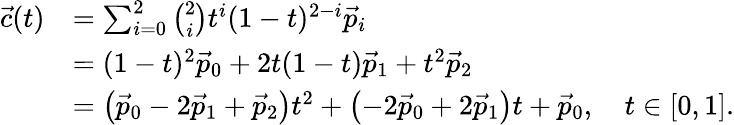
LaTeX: {\begin{array}{rl}{{\vec{c}}(t)}&{=\sum_{i=0}^{2}{\binom{2}{i}}t^{i}(1-t)^{2-i}{\vec{p}}_{i}}\\ &{=(1-t)^{2}{\vec{p}}_{0}+2t(1-t){\vec{p}}_{1}+t^{2}{\vec{p}}_{2}}\\ &{=\left({\vec{p}}_{0}-2{\vec{p}}_{1}+{\vec{p}}_{2}\right)t^{2}+\left(-2{\vec{p}}_{0}+2{\vec{p}}_{1}\right)t+{\vec{p}}_{0},\quad t\in[0,1].}\end{array}}